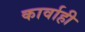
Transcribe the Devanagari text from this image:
कार्वाही